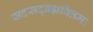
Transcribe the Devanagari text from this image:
सदसद्ब्रह्मवित्तमः